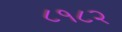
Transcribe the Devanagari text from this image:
८१८२